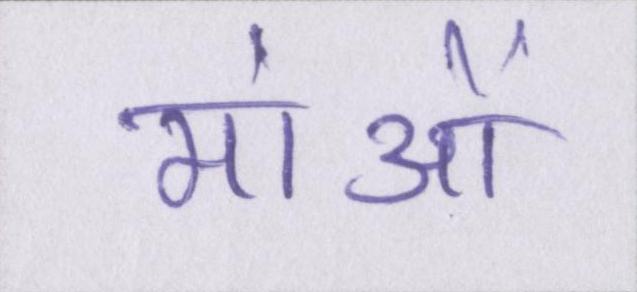
मांओं